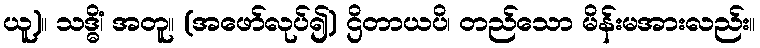
ယူ)။ သဒ္ဓိံ၊ အတူ။ (အဖော်လုပ်၍) ဌိတာယပိ၊ တည်သော မိန်းမအားလည်း။